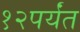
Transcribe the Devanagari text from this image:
१२पर्यंत